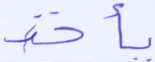
يأخذ